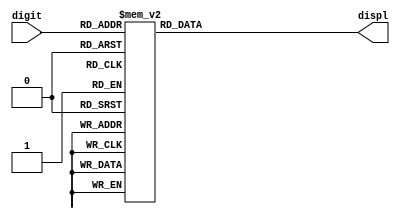

module Hexdisplay (input [3:0] digit, output reg [0:6] displ);
	
	always @ (digit)
		case (digit)
		4'd0: displ = 7'b100_0000;
		4'd1: displ = 7'b111_1001;
		4'd2: displ = 7'b010_0100;
		4'd3: displ = 7'b011_0000;
		4'd4: displ = 7'b001_1001;
		4'd5: displ = 7'b001_0010;
		4'd6: displ = 7'b000_0010;
		4'd7: displ = 7'b111_1000;
		4'd8: displ = 7'b000_0000;
		4'd9: displ = 7'b001_0000;
		4'hA: displ = 7'b000_1000;
		4'hB: displ = 7'b000_0011;
		4'hC: displ = 7'b100_0110;
		4'hD: displ = 7'b010_0001;
		4'hE: displ = 7'b000_0110;
		4'hF: displ = 7'b000_1110;
			
			default: displ = 7'b1111111;
		endcase
endmodule